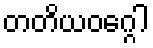
တတိယဝဂ္ဂေါ